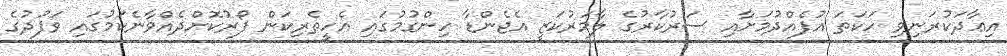
އިޢާދަކުރަނިވި ހަކަތަ އުފެއްދުމަށާއި ސަރުކާރުގެ ލާމަރުކަޒީ އެޖެންޑާ ހިންގުމުގައި އެހީތެރިކަން ފޯރުކޮށްދެއްވާނެކަމުގައި ވަފުދުގެ